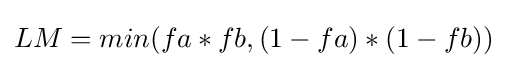
LM=min(fa*fb,(1-fa)*(1-fb))